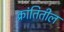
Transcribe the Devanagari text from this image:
क्रांतितील